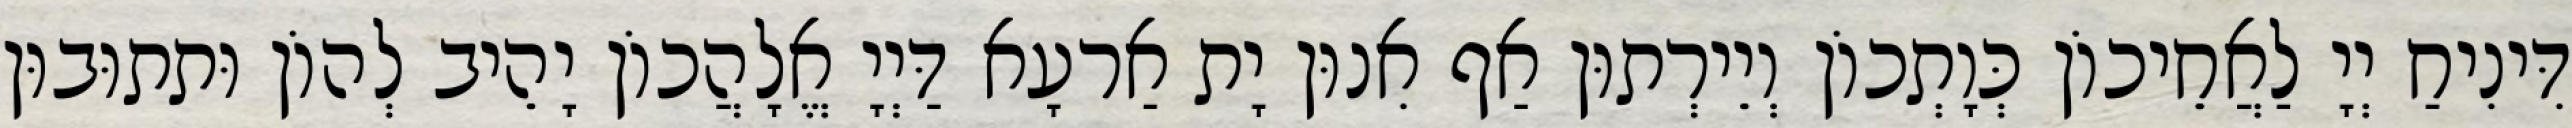
דִּינִיחַ יְיָ לַאֲחֵיכוֹן כְּוָתְכוֹן וְיֵירְתוּן אַף אִנוּן יָת אַרעָא דַּיְיָ אֱלָהֲכוֹן יָהֵיב לְהוֹן וּתתוּבוּן